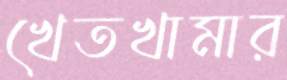
খেতখামার